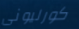
كورليونى